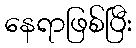
နေရာဖြစ်ပြီး